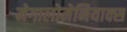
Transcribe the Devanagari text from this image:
मेगालोमेनियाक्स